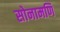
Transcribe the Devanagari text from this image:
सोनामणि